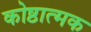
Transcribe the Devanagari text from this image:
कोष्ठात्मक